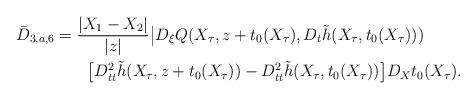
LaTeX: \begin{align*}\bar D_{3,a,6}&= \frac{ |X_1-X_2|}{|z|} \big|D_\xi Q(X_\tau,z+t_0(X_\tau),D_t \tilde h(X_\tau,t_0(X_\tau)))\\&\qquad\big[D^2_{tt} \tilde h(X_\tau,z+t_0(X_\tau)) -D^2_{tt} \tilde h(X_\tau,t_0(X_\tau)) \big] D_X t_0(X_\tau) .\end{align*}